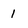
Character: 1